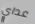
عداي